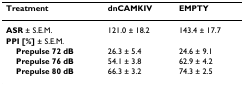
<table><thead><tr><td><b>Treatment</b></td><td><b>dnCAMKIV</b></td><td><b>EMPTY</b></td></tr></thead><tbody><tr><td><b>ASR </b>± S.E.M.</td><td>121.0 ± 18.2</td><td>143.4 ± 17.7</td></tr><tr><td><b>PPI [%] </b>± S.E.M.</td><td></td><td></td></tr><tr><td> <b>Prepulse 72 dB</b></td><td>26.3 ± 5.4</td><td>24.6 ± 9.1</td></tr><tr><td> <b>Prepulse 76 dB</b></td><td>54.1 ± 3.8</td><td>62.9 ± 4.2</td></tr><tr><td> <b>Prepulse 80 dB</b></td><td>66.3 ± 3.2</td><td>74.3 ± 2.5</td></tr></tbody></table>